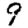
Digit: 9